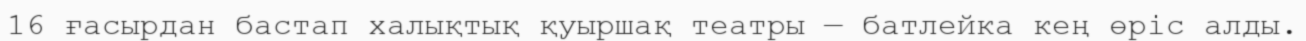
16 ғасырдан бастап халықтық қуыршақ театры — батлейка кең өріс алды.